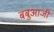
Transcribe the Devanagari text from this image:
बबुआजी